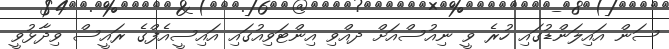
ސަން އައިލަންޑުގައި ހުރެ ވީ ނިއުސްއަށް ދއްވި އިންޓަވިއުގައި އައިސީއެފްގެ ރައީސް ވިދާޅުވީ